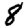
Digit: 8